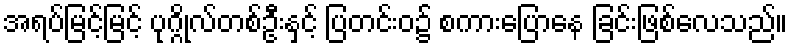
အရပ်မြင့်မြင့် ပုဂ္ဂိုလ်တစ်ဦးနှင့် ပြတင်းဝ၌ စကားပြောနေ ခြင်းဖြစ်လေသည်။